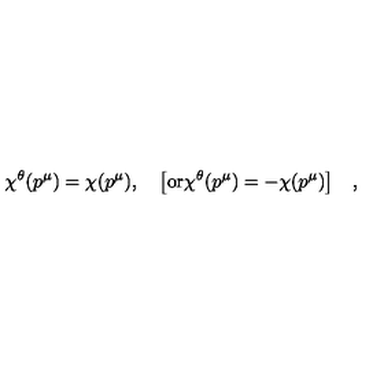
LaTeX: \chi ^ { \theta } ( p ^ { \mu } ) = \chi ( p ^ { \mu } ) , \quad \big [ \mathrm { o r } \chi ^ { \theta } ( p ^ { \mu } ) = - \chi ( p ^ { \mu } ) \big ] \quad ,